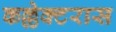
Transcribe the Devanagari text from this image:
कल्लेक्टरास